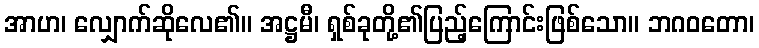
အာဟ၊ လျှောက်ဆိုလေ၏။ အဋ္ဌမီ၊ ရှစ်ခုတို့၏ပြည့်ကြောင်းဖြစ်သော။ ဘဂဝတော၊